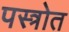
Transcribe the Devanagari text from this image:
पस्त्रोत